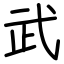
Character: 武